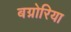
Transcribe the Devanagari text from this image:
बग्नोरिया